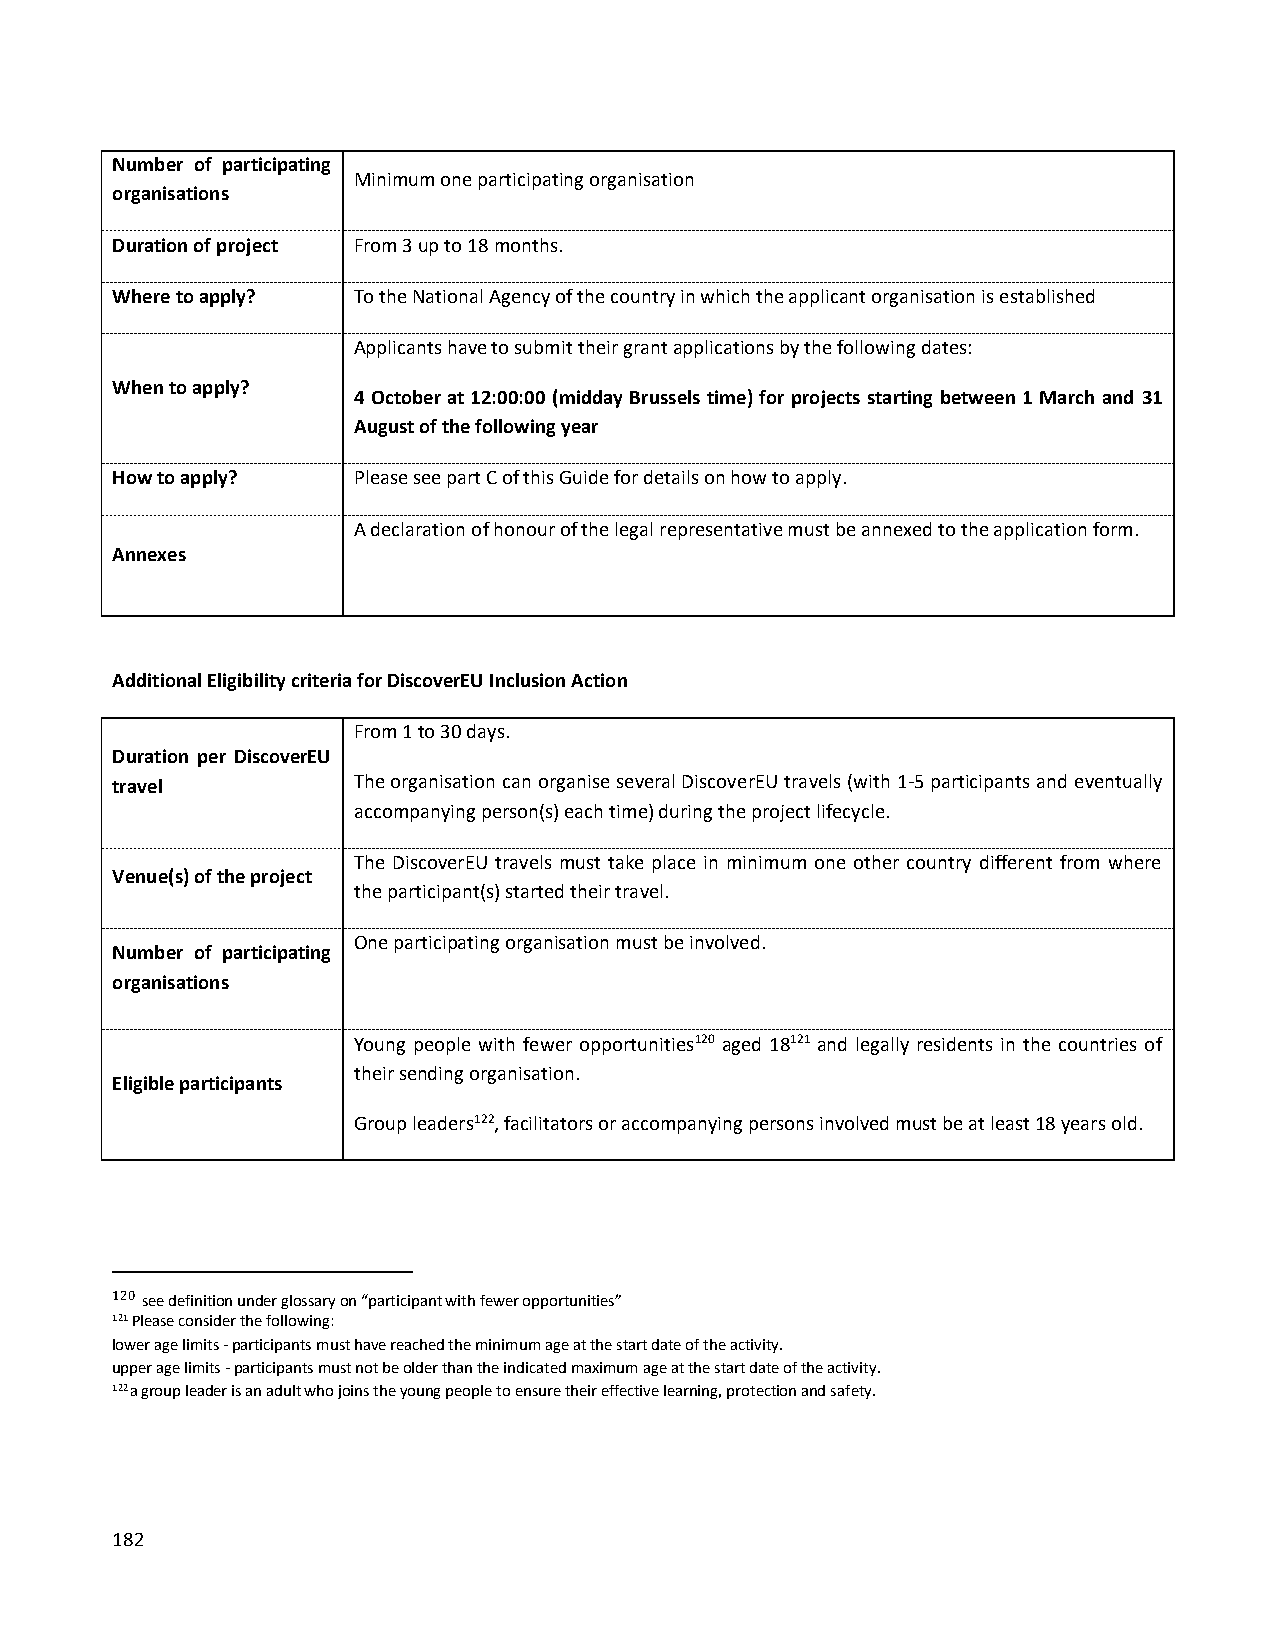
Number of participating
 Minimum one participating organisation
 organisations
 Duration of project From 3 up to 18 months.
 Where to apply? To the National Agency of the country in which the applicant organisation is established
 Applicants have to submit their grant applications by the following dates:
 When to apply?
 4 October at 12:00:00 (midday Brussels time) for projects starting between 1 March and 31
 August of the following year
 How to apply?   Please see part C of this Guide for details on how to apply.
 A declaration of honour of the legal representative must be annexed to the application form.
 Annexes
 Additional Eligibility criteria for DiscoverEU Inclusion Action
 From 1 to 30 days.
 Duration per DiscoverEU
 travel          The organisation can organise several DiscoverEU travels (with 1-5 participants and eventually
 accompanying person(s) each time) during the project lifecycle.
 The DiscoverEU travels must take place in minimum one other country different from where
 Venue(s) of the project
 the participant(s) started their travel.
 One participating organisation must be involved.
 Number of participating
 organisations
 Young people with fewer opportunities120 aged 18121 and legally residents in the countries of
 their sending organisation.
 Eligible participants
 Group leaders122, facilitators or accompanying persons involved must be at least 18 years old.
 120 see definition under glossary on “participant with fewer opportunities”
 121 Please consider the following:
 lower age limits - participants must have reached the minimum age at the start date of the activity.
 upper age limits - participants must not be older than the indicated maximum age at the start date of the activity.
 122 a group leader is an adult who joins the young people to ensure their effective learning, protection and safety.
 182